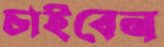
চাইবেন